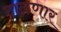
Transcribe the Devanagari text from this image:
टाळणार